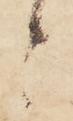
々